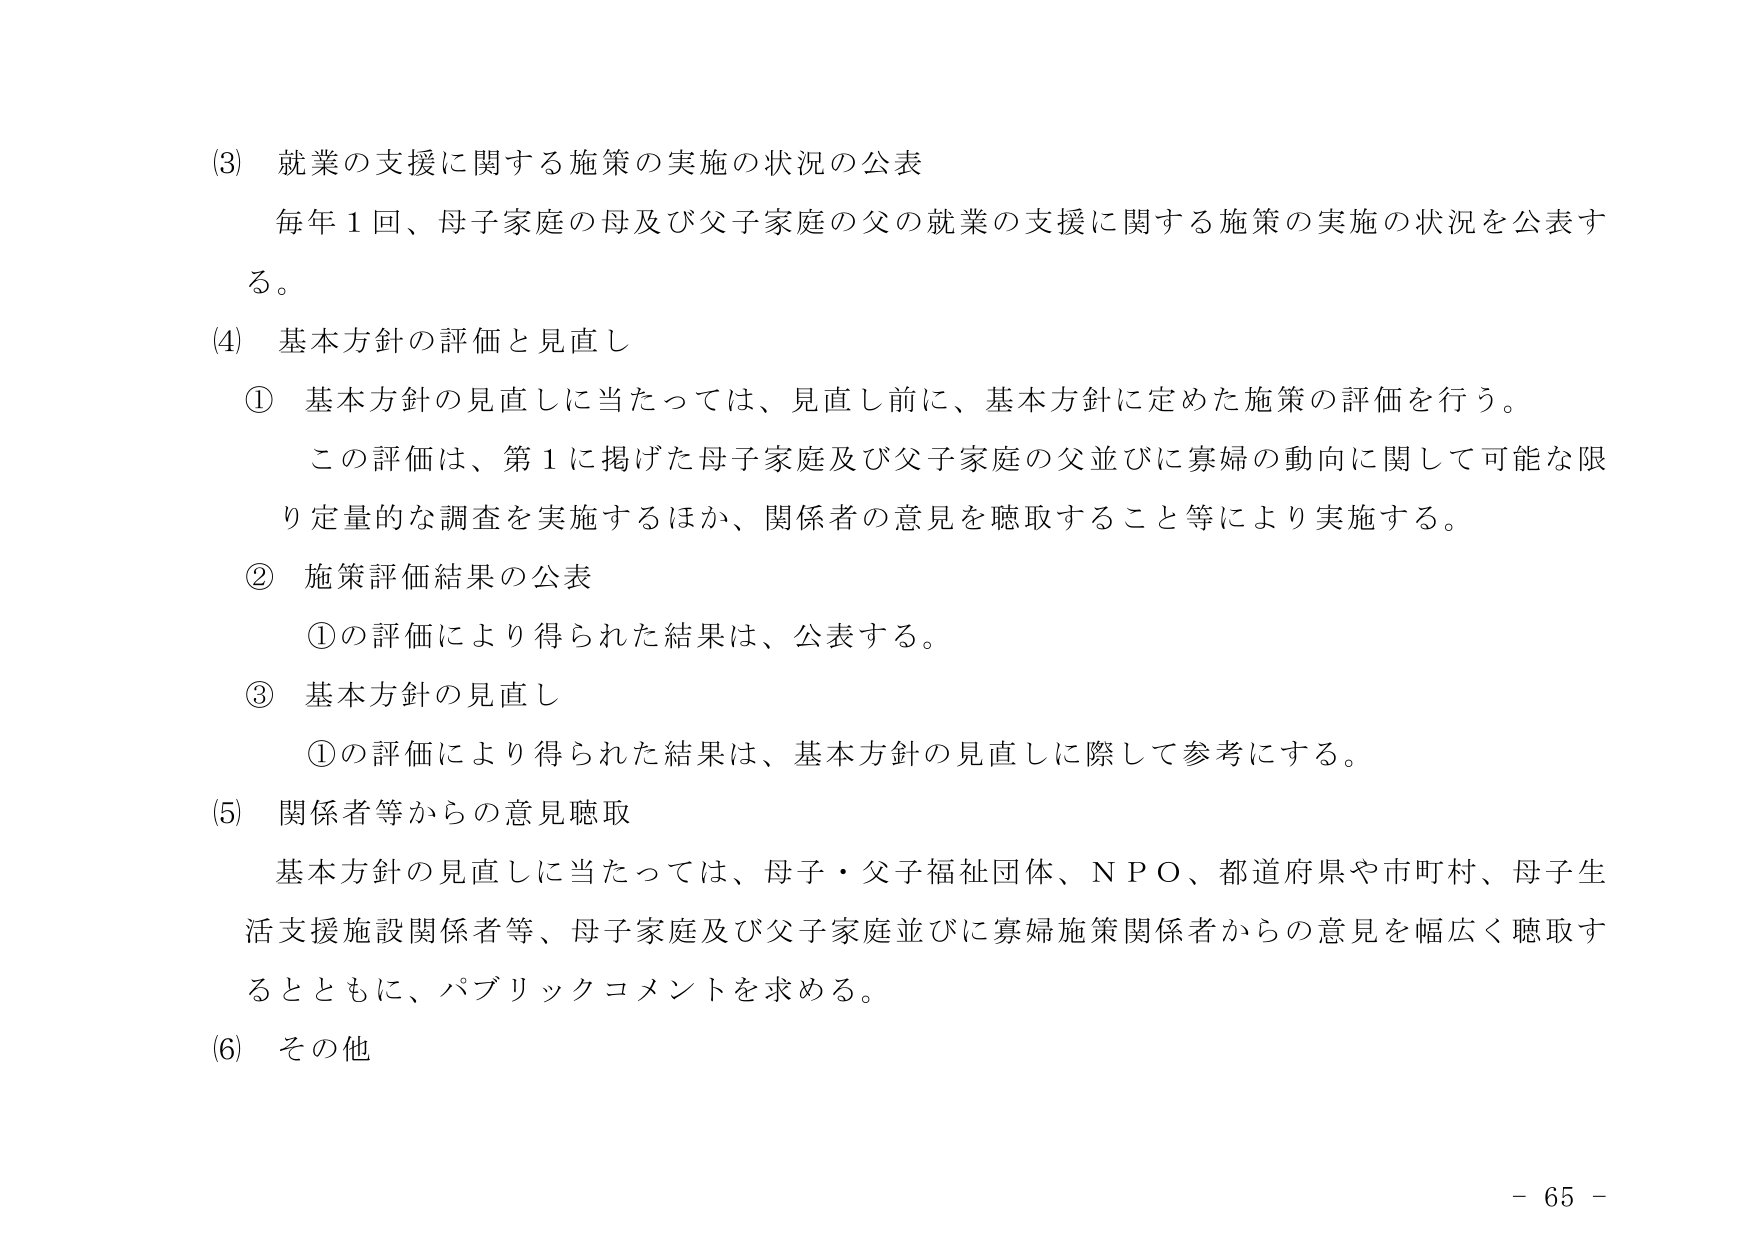
(3) 就業の支援に関する施策の実施の状況の公表
毎年１回、母子家庭の母及び父子家庭の父の就業の支援に関する施策の実施の状況を公表する。

(4) 基本方針の評価と見直し
① 基本方針の見直しに当たっては、見直し前に、基本方針に定めた施策の評価を行う。
　この評価は、第１に掲げた母子家庭及び父子家庭の父並びに寡婦の動向に関して可能な限り定量的な調査を実施するほか、関係者の意見を聴取すること等により実施する。
② 施策評価結果の公表
　①の評価により得られた結果は、公表する。
③ 基本方針の見直し
　①の評価により得られた結果は、基本方針の見直しに際して参考にする。

(5) 関係者等からの意見聴取
基本方針の見直しに当たっては、母子・父子福祉団体、ＮＰＯ、都道府県や市町村、母子生活支援施設関係者等、母子家庭及び父子家庭並びに寡婦施策関係者からの意見を幅広く聴取するとともに、パブリックコメントを求める。

(6) その他

－ 65 －